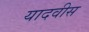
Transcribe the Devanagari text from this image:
यादवीस